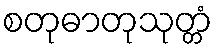
စတုဓာတုသုတ္တံ